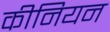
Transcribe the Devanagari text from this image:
कीनियन